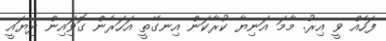
ފަހެއް ވީ އިރު. މާމަ އަނިޔާ ކުރާކަން އިނގޭތީ އަހަރެން ގޮވަިއިން ދިޔައީ